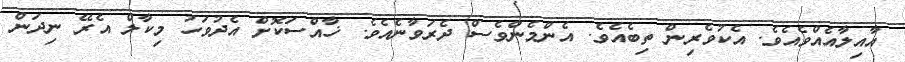
އާއިލާއެއްވެއެވެ. އެކުވެރިން ތިބެއެވެ. އެންމެންވެސް ދެރަވާނެއެވެ. ޚާއްސަކޮށް އެދުވަހު މިކާލް އެރޭ ނިދަން